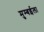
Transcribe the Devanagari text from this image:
मुम्बईला